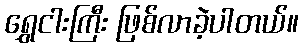
ရွှေငါးကြီး ဖြစ်လာခဲ့ပါတယ်။